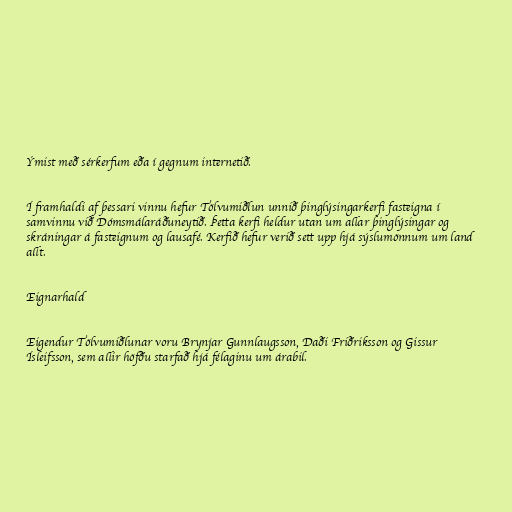
Ýmist með sérkerfum eða í gegnum internetið.

Í framhaldi af þessari vinnu hefur Tölvumiðlun unnið þinglýsingarkerfi fasteigna í
samvinnu við Dómsmálaráðuneytið. Þetta kerfi heldur utan um allar þinglýsingar og
skráningar á fasteignum og lausafé. Kerfið hefur verið sett upp hjá sýslumönnum um land
allt.

Eignarhald

Eigendur Tölvumiðlunar voru Brynjar Gunnlaugsson, Daði Friðriksson og Gissur
Ísleifsson, sem allir höfðu starfað hjá félaginu um árabil.